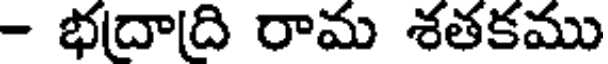
- భదాది రామ శతకము